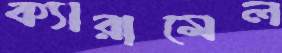
ক্যারামেল